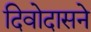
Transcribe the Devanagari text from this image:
दिवोदासने